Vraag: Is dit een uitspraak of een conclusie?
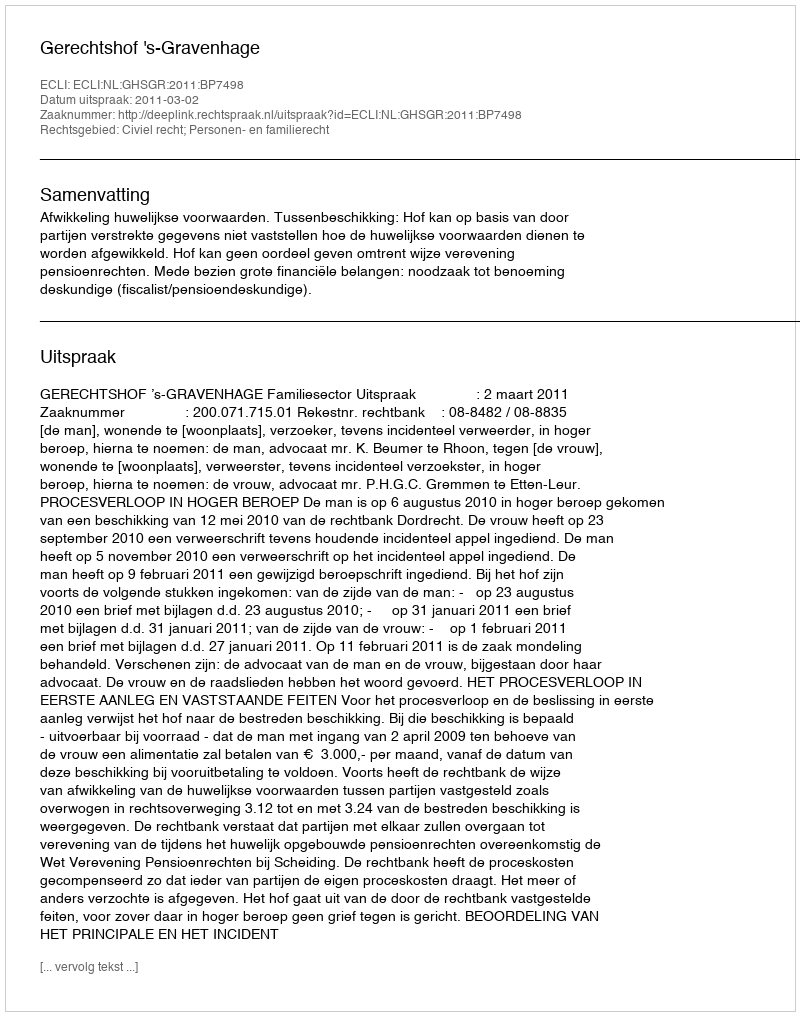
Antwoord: Uitspraak